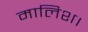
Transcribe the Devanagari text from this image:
मालिश।